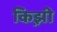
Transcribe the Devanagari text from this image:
किझ़ी